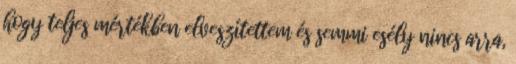
hogy teljes mértékben elveszítettem és semmi esély nincs arra,